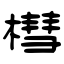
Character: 槥